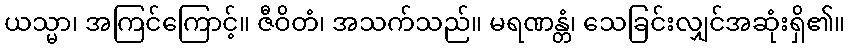
ယသ္မာ၊ အကြင်ကြောင့်။ ဇီဝိတံ၊ အသက်သည်။ မရဏန္တံ၊ သေခြင်းလျှင်အဆုံးရှိ၏။